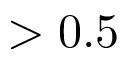
> 0 . 5